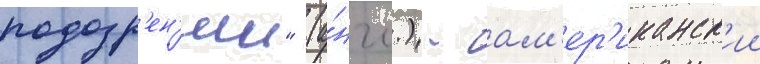
подозр'ен'ии" (а́нгл.) - ам'ер'иканск'ии